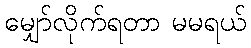
မျှော်လိုက်ရတာ မမရယ်